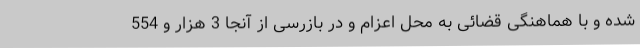
شده و با هماهنگی قضائی به محل اعزام و در بازرسی از آنجا 3 هزار و 554